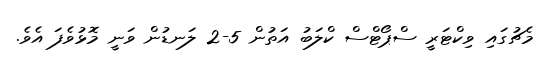
މެޗުގައި ވިކްޓަރީ ސްޕޯޓްސް ކްލަބު އަތުން 5-2 ލަނޑުން ވަނީ މޮޅުވެފަ އެވެ.